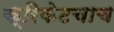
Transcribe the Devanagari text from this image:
क्रिकेटचाच